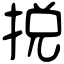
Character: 捝